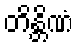
တိန္တိဏံ